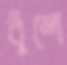
বুঁশে